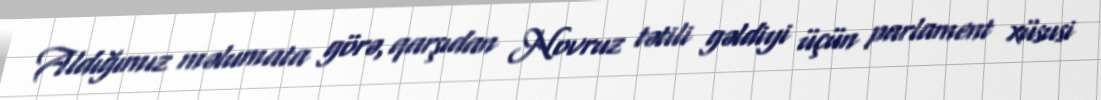
Aldığımız məlumata görə, qarşıdan Novruz tətili gəldiyi üçün parlament xüsusi